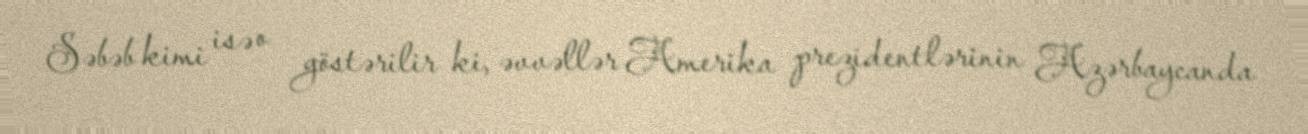
Səbəb kimi isə o göstərilir ki, əvvəllər Amerika prezidentlərinin Azərbaycanda